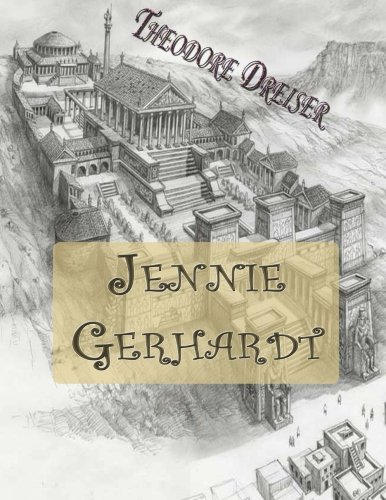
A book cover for Jennie Gerhardt; Theodore Dreiser; Romance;